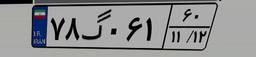
۷۸گ۰۶۱۶۰